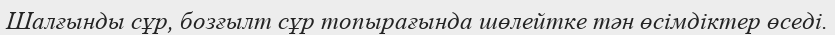
Шалғынды сұр, бозғылт сұр топырағында шөлейтке тән өсімдіктер өседі.